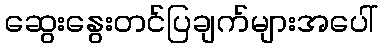
ဆွေးနွေးတင်ပြချက်များအပေါ်